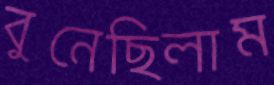
বুনেছিলাম